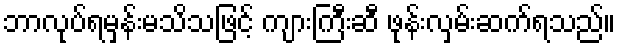
ဘာလုပ်ရမှန်းမသိသဖြင့် ကျားကြီးဆီ ဖုန်းလှမ်းဆက်ရသည်။